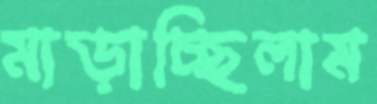
মাড়াচ্ছিলাম